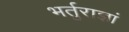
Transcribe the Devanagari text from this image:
भर्तुराज्ञां